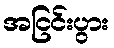
အငြင်းပွား